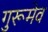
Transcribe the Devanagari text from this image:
गुरूमेव